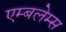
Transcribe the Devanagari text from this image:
एम्बलेम्स